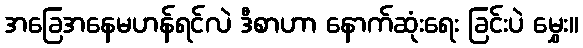
အခြေအနေမဟန်ရင်လဲ ဒီစာဟာ နောက်ဆုံးရေး ခြင်းပဲ မွှေး။